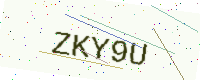
Text: ZKY9U